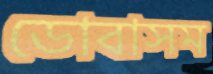
ডোবাসম